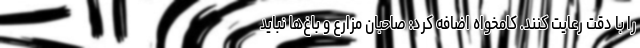
را با دقت رعایت کنند. کامخواه اضافه کرد: صاحبان مزارع و باغ‌ها نباید